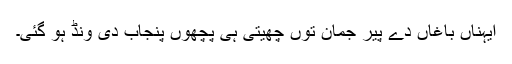
ایہناں باغاں دے پیر جمان توں چھیتی ہی پِچھوں پنجاب دی ونڈ ہو گئی۔